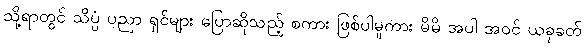
သို့ရာတွင် သိပ္ပံ ပညာ ရှင်များ ပြောဆိုသည့် စကား ဖြစ်ပါမူကား မိမိ အပါ အဝင် ယခုခတ်